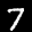
Label: 7